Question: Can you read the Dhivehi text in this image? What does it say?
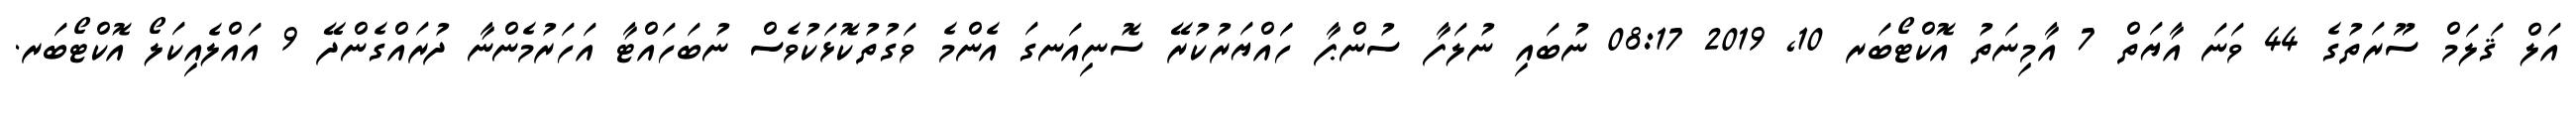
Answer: އަލް ޤަލަމް ސޫރަތުގެ 44 ވަނަ އާޔަތް 7 އާމިނަތު އޮކްޓޯބަރ 10, 2019 08:17 ނުބައި ނުލަފާ ސުންޕާ ހަައްޔަރުކުރޭ ސޮނިއަނގަ އެންމެ ވަގުތުކޮޅަކުވެސް ނުބަހައްޓާ އަހަރުމެންނާ ދުރައްގެންދޭ 9 އައްލެއިކަލޯ އޮކްޓޯބަރ.